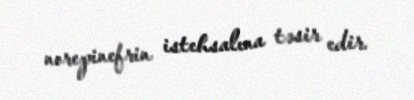
norepinefrin istehsalına təsir edir.